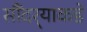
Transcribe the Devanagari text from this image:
सौंदर्‍याकडे